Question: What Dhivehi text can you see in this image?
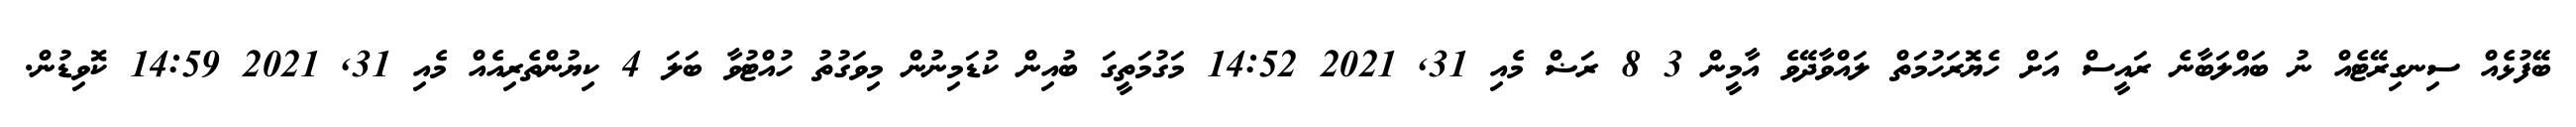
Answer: ބޭފުޅެއް ސިނގިރޭޓެއް ނު ބައްލަބާނެ ރައީސް އަށް ހެޔޮރަހުމަތް ލައްވާދޭވެ އާމީން 3 8 ރަޟް މެއި 31, 2021 14:52 މަގުމަތީގަ ބުއިން ކުޑަމިނުން މިވަގުތު ހުއްޓުވާ ބަލަ 4 ކިޔުންތެރިއެއް މެއި 31, 2021 14:59 ކޮވިޑުން.